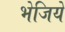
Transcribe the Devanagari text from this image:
भेजिये